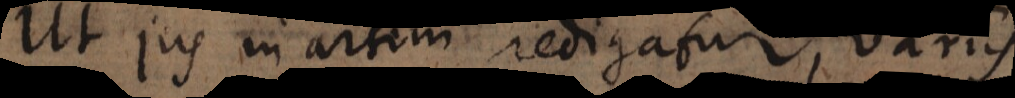
Ut jus in artem redigatur, variis